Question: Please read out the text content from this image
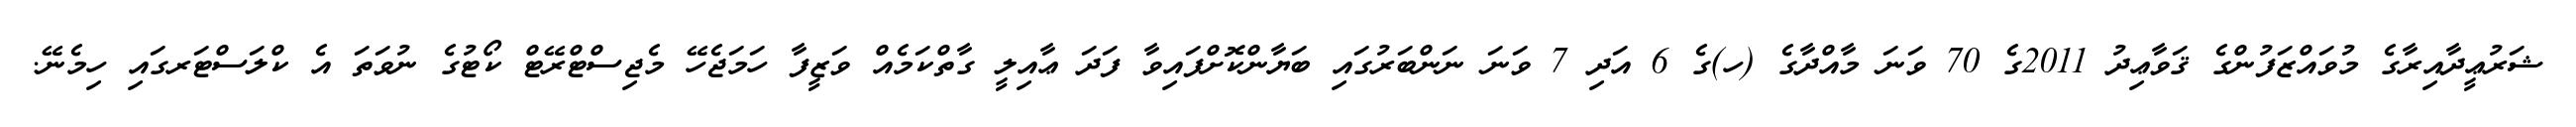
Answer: ޝަރުޢީދާއިރާގެ މުވައްޒަފުންގެ ޤަވާޢިދު 2011ގެ 70 ވަނަ މާއްދާގެ (ހ)ގެ 6 އަދި 7 ވަނަ ނަންބަރުގައި ބަޔާންކޮށްފައިވާ ފަދަ ޢާއިލީ ގާތްކަމެއް ވަޒީފާ ހަމަޖެހޭ މެޖިސްޓްރޭޓް ކޯޓުގެ ނުވަތަ އެ ކްލަސްޓަރގައި ހިމެނޭ.